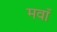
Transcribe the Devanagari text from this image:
मवाँ